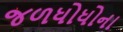
જળધોધોના